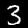
Digit: 3